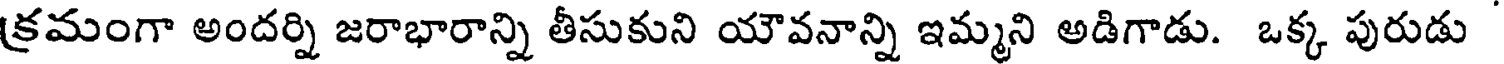
క్రమంగా అందర్ని జరాభారాన్ని తీసుకుని యౌవనాన్ని ఇమ్మని అడిగాడు. ఒక్క పురుడు